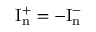
\mathrm { I _ { n } ^ { + } } = - \mathrm { I _ { n } ^ { - } }